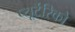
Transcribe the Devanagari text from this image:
प्यूर्टेरिको